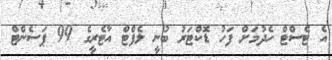
އެ ޓެސްޓް ހެދުމަށް ފަހު ޑޮކްޓަރު ބުނީ ލެފްޓް އާޓެރީގެ 99 ޕަސެންޓް